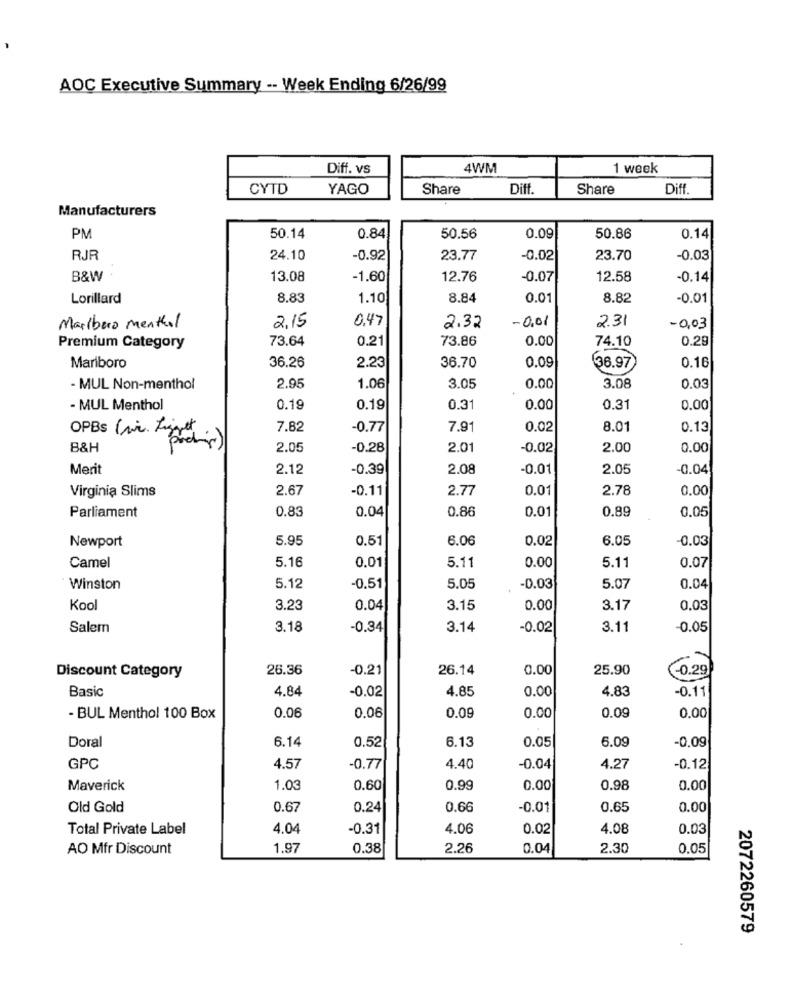
AOC Executive Summary -- Week Ending 6/26/99
Diff. vs
4WM
1 week
CYTD
YAGO
Share
Diff.
Share
Diff.
Manufacturers
PM
50.14
0.84
50.56
0.09
50.86
0.14
RJR
24.10
-0.92
23.77
-0.02
23.70
-0.03
B&W
13.08
-1.60
12.76
-0.07
12.58
-0.14
Lorillard
8.83
1.10
8.84
0.0
8.82
-0.01
0,47
-0.01
2.31
Marlboro menthol
2,15
2.32
-0,03
73.64
0.21
73.86
0.00
74.10
0.29
Premium Category
0.16
Marlboro
36.26
2.23
36.70
0.09
36.97
- MUL Non-menthol
2.95
1.06
3.05
0.00
3.08
0.03
- MUL Menthol
0.19
0.19
0.31
0.00
0.31
0.00
7.82
-0.77
7.91
0.02
8.01
0.13
B&H
OPBs (vr. Finition)
2.05
-0.28
2.0
-0.02
2.00
0.00
Merit
2.12
-0.39
2.08
-0.01
2.05
-0.04
Virginia Slims
2.67
-0.11
2.77
0.0
2.78
0.00
Parliament
0.83
0.04
0.86
0.89
0.05
0.01
5.95
0.51
6.06
0.02
6.05
-0.03
Newport
Camel
5.16
0.01
5.11
5.11
0.07
0.00
Winston
5.12
-0.51
5.05
-0.03
5.07
0.04
Kool
3.23
0.04
3.15
0.00
3.17
0.03
Salem
3.18
-0.34
3.14
-0.02
3.11
-0.05
26.36
-0.21
26.14
0.00
25.90
-0.29
Discount Category
Basic
4.84
-0.02
4.85
0.00
4.83
-0.11
0.09
- BUL Menthol 100 Box
0.06
0.06
0.09
0.00
0.00
Doral
6.14
6.13
0.05
6.09
0.52
-0.09
GPC
4.57
-0.77
4.40
-0.04
4.27
-0.12
Maverick
1.03
0.60
0.99
0.00
0.98
0.00
Old Gold
0.67
0.24
0.66
-0.01
0.65
0.00
Total Private Label
4.04
-0.31
4.06
0.02
4.08
0.03
AO Mfr Discount
1.97
0.38
2.26
0.04
2.30
0.05
2072260579